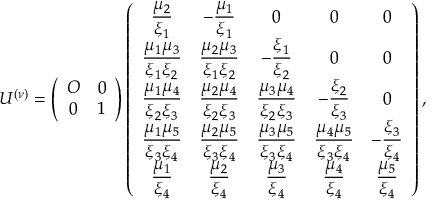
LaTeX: U ^ { ( \nu ) } = \left( \begin{array} { c c } { { { \cal O } } } & { { 0 } } \\ { { 0 } } & { { 1 } } \end{array} \right) \left( \begin{array} { c c c c c } { { \displaystyle { { \frac { \mu _ { 2 } } { \xi _ { 1 } } } } } } & { { \displaystyle { - { \frac { \mu _ { 1 } } { \xi _ { 1 } } } } } } & { { 0 } } & { { 0 } } & { { 0 } } \\ { { \displaystyle { { \frac { \mu _ { 1 } \mu _ { 3 } } { \xi _ { 1 } \xi _ { 2 } } } } } } & { { \displaystyle { { \frac { \mu _ { 2 } \mu _ { 3 } } { \xi _ { 1 } \xi _ { 2 } } } } } } & { { \displaystyle { - { \frac { \xi _ { 1 } } { \xi _ { 2 } } } } } } & { { 0 } } & { { 0 } } \\ { { \displaystyle { { \frac { \mu _ { 1 } \mu _ { 4 } } { \xi _ { 2 } \xi _ { 3 } } } } } } & { { \displaystyle { { \frac { \mu _ { 2 } \mu _ { 4 } } { \xi _ { 2 } \xi _ { 3 } } } } } } & { { \displaystyle { { \frac { \mu _ { 3 } \mu _ { 4 } } { \xi _ { 2 } \xi _ { 3 } } } } } } & { { \displaystyle { - { \frac { \xi _ { 2 } } { \xi _ { 3 } } } } } } & { { 0 } } \\ { { \displaystyle { { \frac { \mu _ { 1 } \mu _ { 5 } } { \xi _ { 3 } \xi _ { 4 } } } } } } & { { \displaystyle { { \frac { \mu _ { 2 } \mu _ { 5 } } { \xi _ { 3 } \xi _ { 4 } } } } } } & { { \displaystyle { { \frac { \mu _ { 3 } \mu _ { 5 } } { \xi _ { 3 } \xi _ { 4 } } } } } } & { { \displaystyle { { \frac { \mu _ { 4 } \mu _ { 5 } } { \xi _ { 3 } \xi _ { 4 } } } } } } & { { \displaystyle { - { \frac { \xi _ { 3 } } { \xi _ { 4 } } } } } } \\ { { \displaystyle { { \frac { \mu _ { 1 } } { \xi _ { 4 } } } } } } & { { \displaystyle { { \frac { \mu _ { 2 } } { \xi _ { 4 } } } } } } & { { \displaystyle { { \frac { \mu _ { 3 } } { \xi _ { 4 } } } } } } & { { \displaystyle { { \frac { \mu _ { 4 } } { \xi _ { 4 } } } } } } & { { \displaystyle { { \frac { \mu _ { 5 } } { \xi _ { 4 } } } } } } \end{array} \right) ,